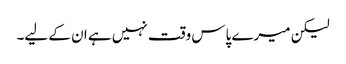
لیکن میرے پاس وقت نہیں ہے ان کے لیے۔